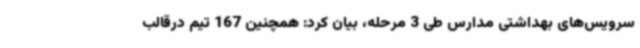
سرویس‌های بهداشتی مدارس طی 3 مرحله، بیان کرد: همچنین 167 تیم درقالب